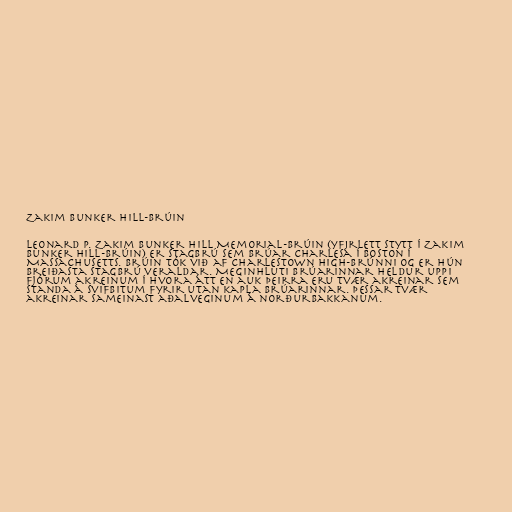
Zakim Bunker Hill-brúin

Leonard P. Zakim Bunker Hill Memorial-brúin (yfirlett stytt í Zakim
Bunker Hill-brúin) er stagbrú sem brúar Charlesá í Boston í
Massachusetts. Brúin tók við af Charlestown High-brúnni og er hún
breiðasta stagbrú veraldar. Meginhluti brúarinnar heldur uppi
fjórum akreinum í hvora átt en auk þeirra eru tvær akreinar sem
standa á svifbitum fyrir utan kapla brúarinnar. Þessar tvær
akreinar sameinast aðalveginum á norðurbakkanum.